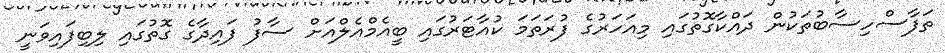
ތަފާސްހިސާބުތަކުން ދައްކާގޮތުގައި މިއަހަރުގެ ފުރަތަމަ ކުއާޓަރުގައި ބީއެމްއެލްއަށް ސާފު ފައިދާގެ ގޮތުގައި ލިބިފައިވަނީ